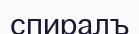
спиралъ